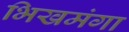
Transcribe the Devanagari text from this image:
भिखमंगा